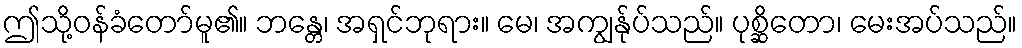
ဤသို့ဝန်ခံတော်မူ၏။ ဘန္တေ၊ အရှင်ဘုရား။ မေ၊ အကျွန်ုပ်သည်။ ပုစ္ဆိတော၊ မေးအပ်သည်။